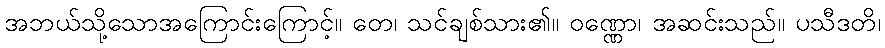
အဘယ်သို့သောအကြောင်းကြောင့်။ တေ၊ သင်ချစ်သား၏။ ဝဏ္ဏော၊ အဆင်းသည်။ ပသီဒတိ၊